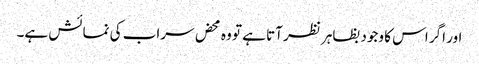
اور اگر اس کا وجود بظاہر نظر آتا ہے تو وہ محض سراب کی نمائش ہے۔